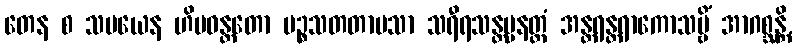
တေန စ သမယေန ဟိမဝန္တတော ပဉ္စသတတာပသာ သရီရသန္တပ္ပနတ္ထံ အန္တရန္တရာကောသမ္ဗိံ အာဂစ္ဆန္တိ,